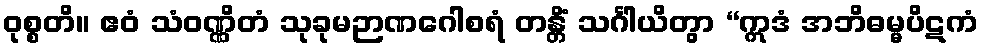
ဝုစ္စတိ။ ဧဝံ သံဝဏ္ဏိတံ သုခုမဉာဏဂေါစရံ တန္တိံ သင်္ဂါယိတွာ “ဣဒံ အဘိဓမ္မပိဋကံ